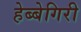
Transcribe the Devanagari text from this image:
हेब्बेगिरी